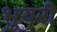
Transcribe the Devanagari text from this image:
भुयरी